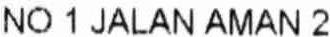
NO 1 JALAN AMAN 2